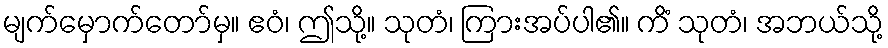
မျက်မှောက်တော်မှ။ ဧဝံ၊ ဤသို့။ သုတံ၊ ကြားအပ်ပါ၏။ ကိံ သုတံ၊ အဘယ်သို့